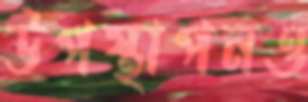
উপস্থাপনও